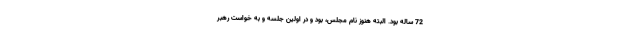
72 ساله بود. البته هنوز نام مجلس، بود و در اولین جلسه و به خواست رهبر